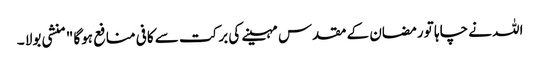
اللہ نے چاہا تو رمضان کے مقدس مہینے کی برکت سے کافی منافع ہوگا " منشی بولا ۔